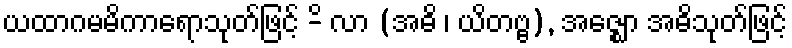
ယထာဂမမိကာရောသုတ်ဖြင့် -ိ လာ (အဓိ ၊ ယိတဗ္ဗ), အဇ္ဈော အဓိသုတ်ဖြင့်